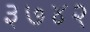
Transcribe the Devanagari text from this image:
३७४२